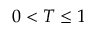
0 < T \le 1